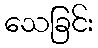
သေခြင်း